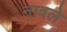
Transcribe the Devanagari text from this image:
नावले